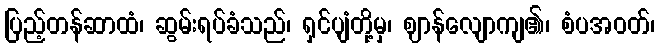
ပြည့်တန်ဆာထံ၊ ဆွမ်းရပ်ခံသည်၊ ရှင်ပျံတို့မှ၊ ဈာန်လျောကျ၏၊ စံပအဝတ်၊